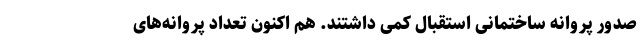
صدور پروانه ساختمانی استقبال کمی داشتند. هم اکنون تعداد پروانه‌های